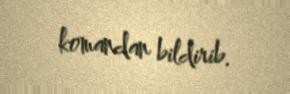
komandan bildirib.